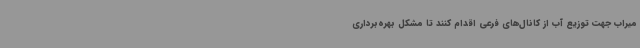
میراب جهت توزیع آب از کانال‌های فرعی اقدام کنند تا مشکل بهره‌برداری